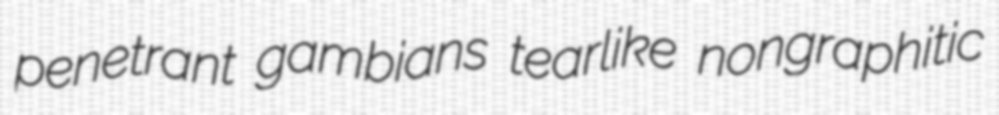
penetrant gambians tearlike nongraphitic